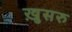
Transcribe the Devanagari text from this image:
ख़ुसरु